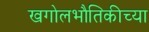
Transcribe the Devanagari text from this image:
खगोलभौतिकीच्या